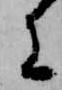
に